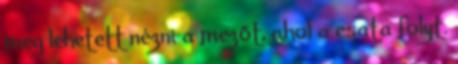
meg lehetett nézni a mezőt, ahol a csata folyt.